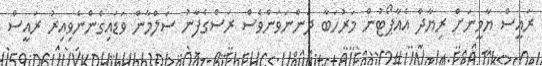
ރައީސް ޔާމީނަށް ރިޔާދް އެއާޕޯޓުން މަރުހަބާ ދަންނަވަންވެސް ރަސްގެފާނު ސަލްމާން ވަޑައިގެންނެވިއިރު ރައީސް